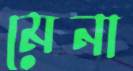
মেনা